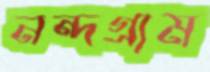
নন্দগ্রাম